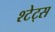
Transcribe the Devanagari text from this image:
श्टेट्स